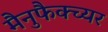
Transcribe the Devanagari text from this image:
मैनुफैक्च्यर